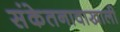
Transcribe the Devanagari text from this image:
संकेतनावाखाली